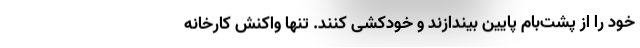
خود را از پشت‌بام پایین بیندازند و خودکشی کنند. تنها واکنش کارخانه